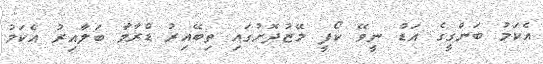
އެކަމު ބަންގީގެ އަޑު ނީވޭ ކޯފީ މޭޒުދޮށުގައި ތިބޭއިރު ޑްރާމާ ބަލާއިރު އެކަމު